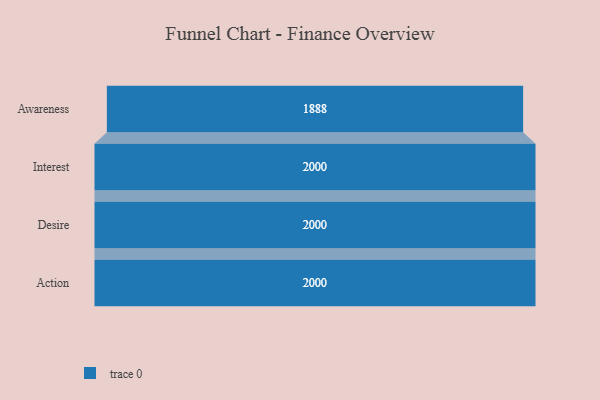
{"axis": {"x": "Stage", "y": "Value"}, "legend": [""], "data": [{"x": "Awareness", "y": 1888.0, "type": ""}, {"x": "Interest", "y": 2000, "type": ""}, {"x": "Desire", "y": 2000, "type": ""}, {"x": "Action", "y": 2000, "type": ""}]}